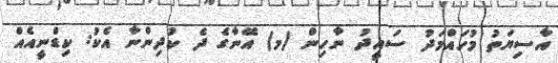
އާސިޔަތު މުހައްމަދު ސައީދު ނާހިން (މ) އޭނާގެ ދެ ކުދިންނާ އެކު: ކިޑްނީއެއް